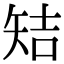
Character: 䂒